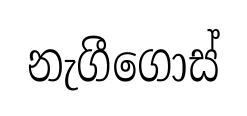
නැගීගොස්